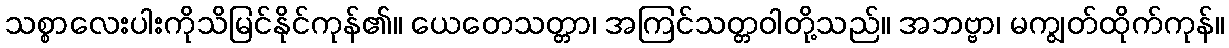
သစ္စာလေးပါးကိုသိမြင်နိုင်ကုန်၏။ ယေတေသတ္တာ၊ အကြင်သတ္တဝါတို့သည်။ အဘဗ္ဗာ၊ မကျွတ်ထိုက်ကုန်။